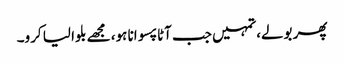
پھر بولے،تمہیں جب آٹا پسوانا ہو، مجھے بلوا لیا کرو۔